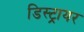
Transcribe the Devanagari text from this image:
डिस्ट्रायर